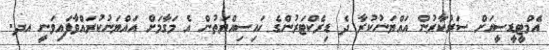
އެމްޓީޑީސީއަށް ސަރުކާރުން އައްޔަނުކުރާ ދެ ޑިރެކްޓަރުންގެ ހައިސިއްޔަތުން އެ މަގާމަށް އައްޔަނުކުރައްވާފައިވަނީ އދ.